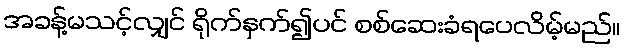
အခန့်မသင့်လျှင် ရိုက်နှက်၍ပင် စစ်ဆေးခံရပေလိမ့်မည်။